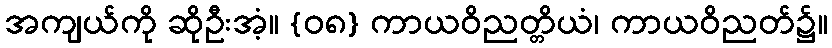
အကျယ်ကို ဆိုဦးအံ့။ {၀၈} ကာယဝိညတ္တိယံ၊ ကာယဝိညတ်၌။